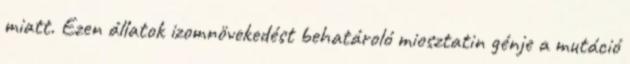
miatt. Ezen állatok izomnövekedést behatároló miosztatin génje a mutáció